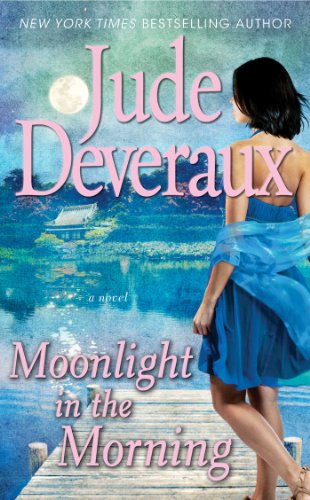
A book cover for Moonlight in the Morning (Edilean); Jude Deveraux; Romance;